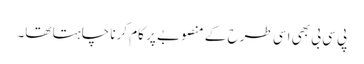
پی سی بی بھی اسی طرح کے منصوبے پر کام کرنا چاہتا تھا۔